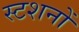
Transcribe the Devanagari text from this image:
स्टशनों